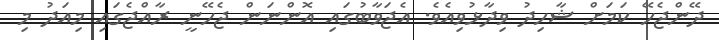
ދޭންޖެހޭ ކަމަށް ޝާހިދު ވިދާޅުވިއެވެ. އެޖަވާބުގައި އޮންނަން ޖެހޭނީ ރާއްޖެގައި މިއަދު މި